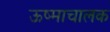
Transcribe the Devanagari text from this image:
ऊष्माचालक